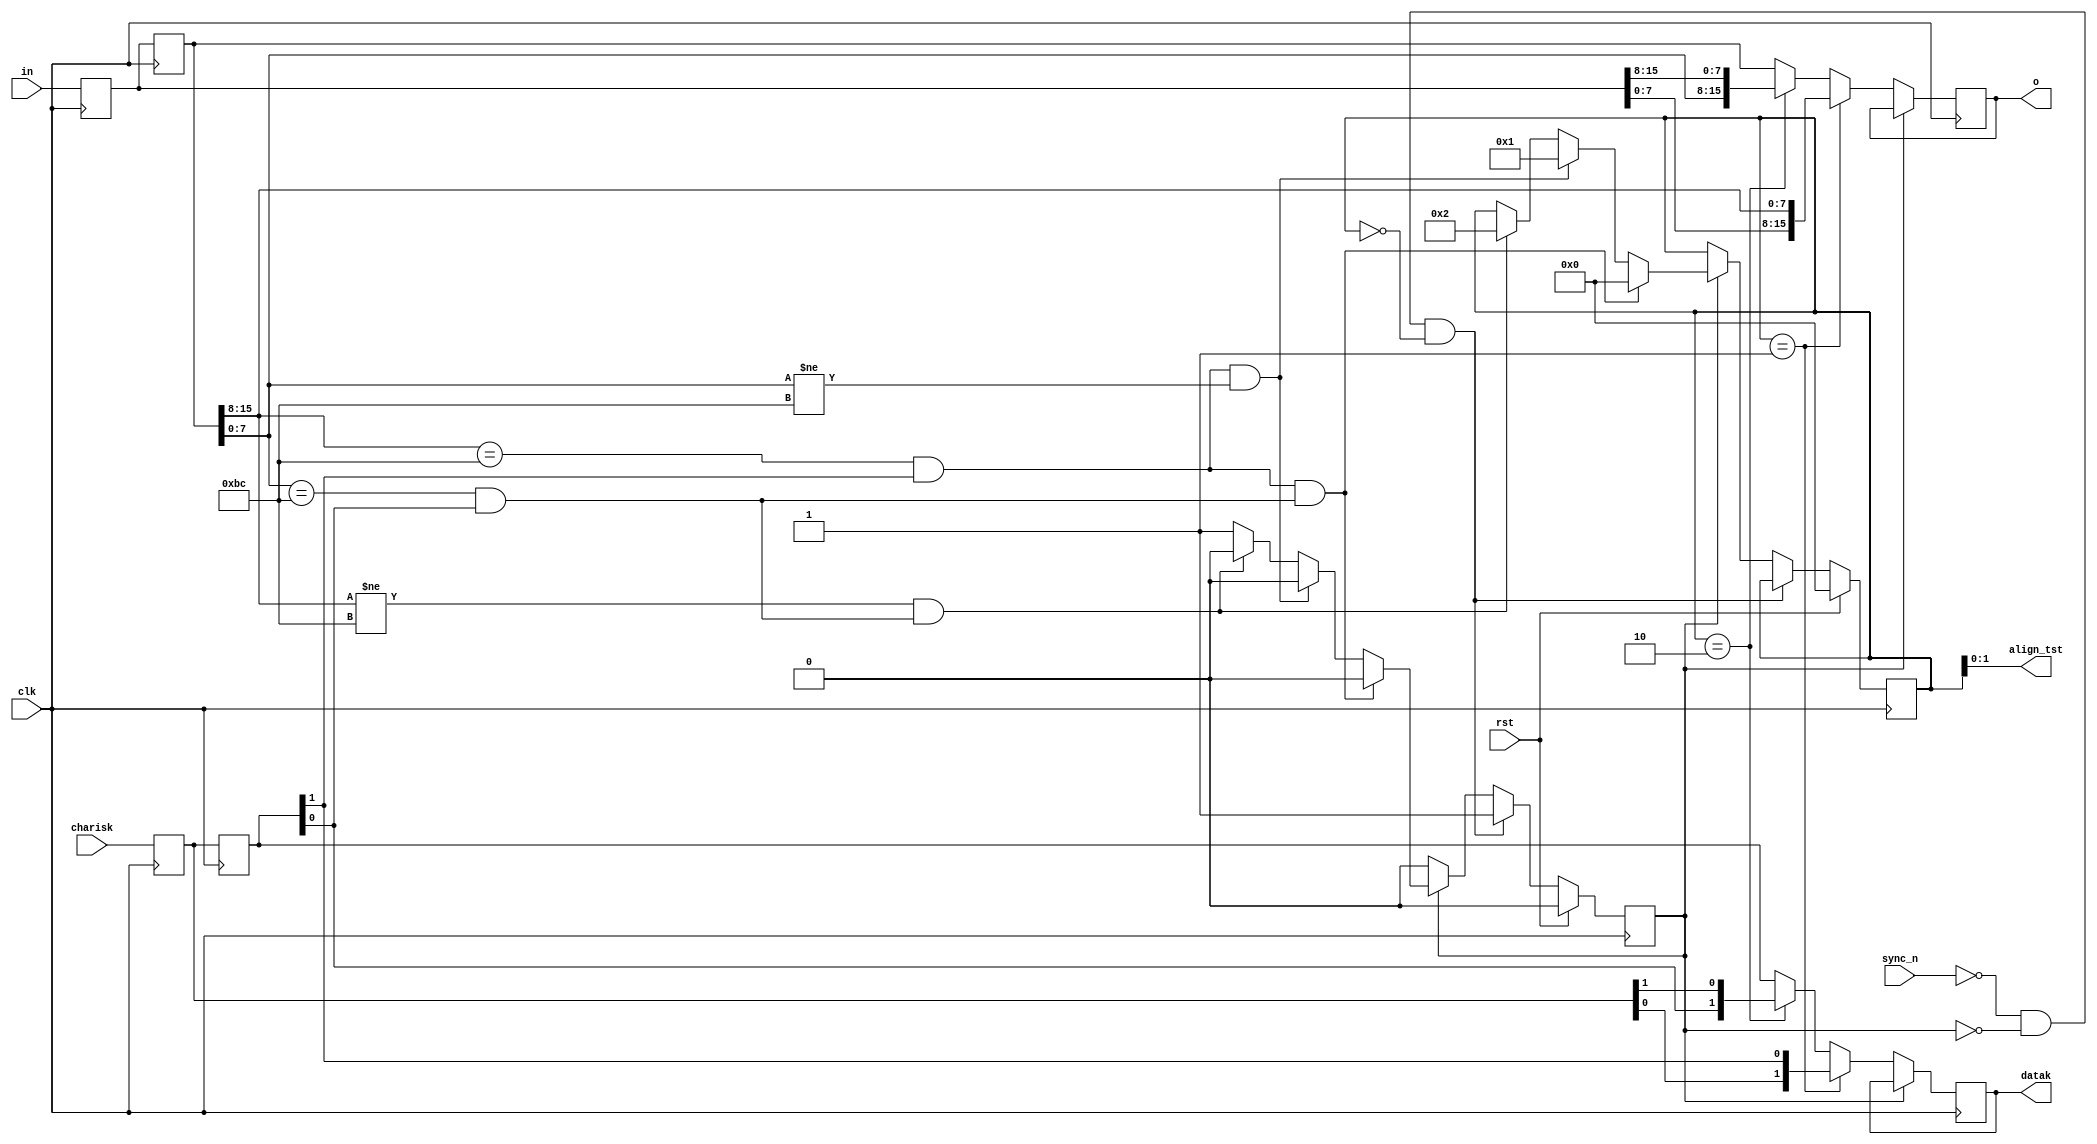
//-----------------------------------------------------------------------------
//
// Title       : data_world_align
// Design      : list1
// Company     : nasa
//
//-----------------------------------------------------------------------------
//
// Generated   : Thu Nov 29 10:13:22 2018
// From        : interface description file
// By          : Itf2Vhdl ver. 1.22
//
//-----------------------------------------------------------------------------
//
// Description : 
//
//-----------------------------------------------------------------------------
`timescale 1 ns / 1 ps

//{{ Section below this comment is automatically maintained
//   and may be overwritten
//{module {data_world_align}}
module line_world_align (
	output wire [1:0] datak,
	output wire [15:0] o, 
	output wire [1:0] align_tst, 
	input wire clk,	 
	input sync_n,
	input rst,
	input wire [15:0] in,
	input wire [1:0] charisk
);	  

reg [15:0] d0=0;
reg [15:0] d1=0;
reg [15:0] dx=0;

reg [1:0] cdc0=0;
reg [1:0] cdc1=0;
reg [1:0] cdcx=0;

reg flag_cgs=0;	
reg [7:0] align=0;

assign datak=cdcx;
assign o = dx;	
assign align_tst=align;

always @(posedge clk)
	begin
		d0<=in;	
		d1<=d0;
		cdc0<=charisk;
		cdc1<=cdc0;
	if (flag_cgs==0)
		begin
		if (align==1) dx  <={d0[ 7:0],d1[15:8]}; else  
		if (align==2) dx  <={d1[ 7:0],d0[15:8]}; else dx<=d1;

		if (align==1) cdcx<={cdc0[0],cdc1[1]};  else  
		if (align==2) cdcx<={cdc1[0],cdc0[1]};  else  cdcx<=cdc1;
		end
	end		  	

always @(posedge clk)
	if (rst)
		begin
			flag_cgs<=0;
			align<=0;
		end	
		else
			if ((!sync_n)&&(flag_cgs==0)&&(align==0))
			begin
				flag_cgs<=1; 			
			end
				else
					if (flag_cgs==1)
					begin
					if (((d1[15:8]==8'hbc)&&(cdc1[1]==1'b1))&&((d1[7:0]==8'hbc)&&(cdc1[0]==1'b1)))	begin align<=0;  flag_cgs<=0; end else
					if (((d1[15:8]==8'hbc)&&(cdc1[1]==1'b1))&&((d1[7:0]!=8'hbc)))					begin align<=1;  flag_cgs<=0; end else 	
					if  ((d1[15:8]!=8'hbc)				    &&((d1[7:0]==8'hbc)&&(cdc1[0]==1'b1)))	begin align<=2;  flag_cgs<=0; end 
					end	
endmodule